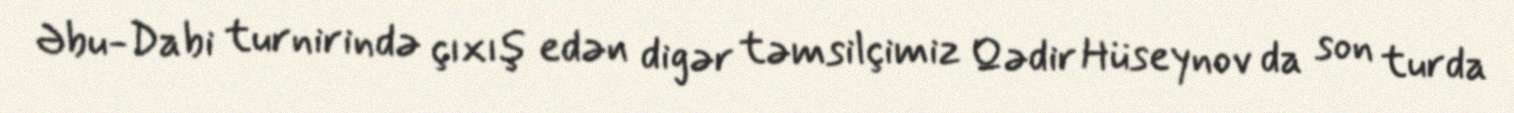
Əbu-Dabi turnirində çıxış edən digər təmsilçimiz Qədir Hüseynov da son turda